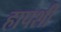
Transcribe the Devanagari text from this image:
हापशी